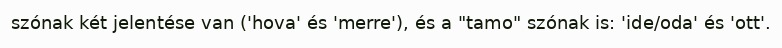
szónak két jelentése van ('hova' és 'merre'), és a "tamo" szónak is: 'ide/oda' és 'ott'.